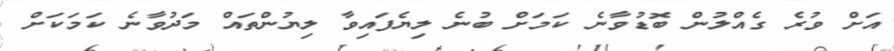
އަށް ވުރެ ގެއްލުން ބޮޑުވާނެ ކަމަށް ބުނެ ލިޔެފައިވާ ލިޔުންތައް މަދުވާނެ ކަމަކަށް